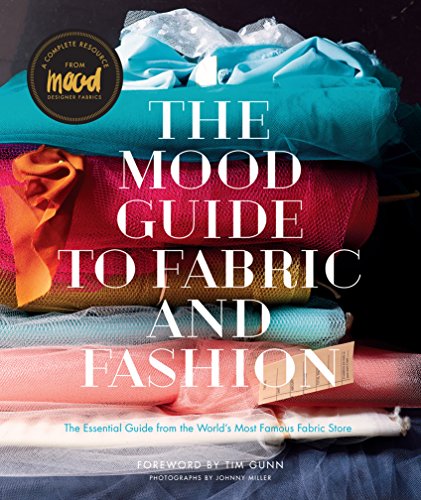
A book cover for The Mood Guide to Fabric and Fashion: The Essential Guide from the World's Most Famous Fabric Store; Mood Designer Fabrics; Crafts, Hobbies & Home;